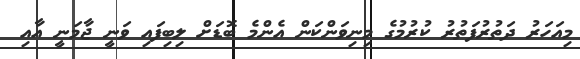
މިއަހަރު ދަތުރުފަތުރު ކުރުމުގެ މިނިވަންކަން އެންމެ ބޮޑަށް ލިބިފައި ވަނީ ޖާމަނީ އާއި